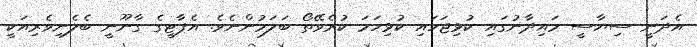
އެދަނީ ސިޔާސީ މައިދާނުގައި ކުޅިޖަހައި ކުޅިހަމަ ކުރެވޭތޯ ބަލަމުންނެވެ. އެޕާޓީގެ ގާނޫނީ ބެލެނިވެރިއަކީ